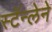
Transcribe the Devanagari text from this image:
स्टॅन्लेने